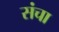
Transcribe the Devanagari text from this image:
संचा